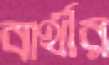
বার্থীর